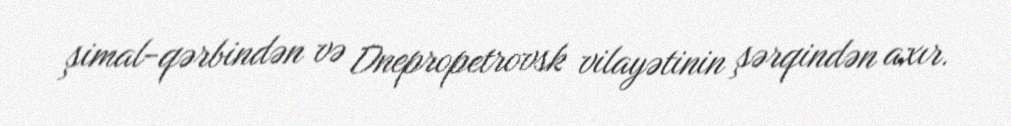
şimal-qərbindən və Dnepropetrovsk vilayətinin şərqindən axır.